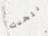
نتحدث